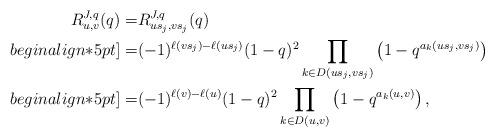
LaTeX: \begin{align*}R_{u,v}^{J,q}(q)=&R_{us_j,vs_j}^{J,q}(q)\\begin{align*}5pt]=&(-1)^{\ell(vs_j)-\ell(us_j)} (1-q)^2 \prod_{k\in D(us_j,vs_j)}\left(1-q^{a_k(us_j,vs_j)}\right)\\begin{align*}5pt]=&(-1)^{\ell(v)-\ell(u)} (1-q)^2\prod_{k\in D(u,v)}\left(1-q^{a_k(u,v)}\right),\end{align*}